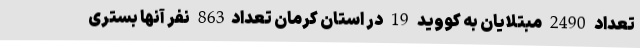
تعداد 2490 مبتلایان به کووید 19 در استان کرمان تعداد863 نفر آنها بستری